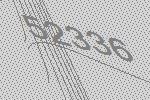
52336